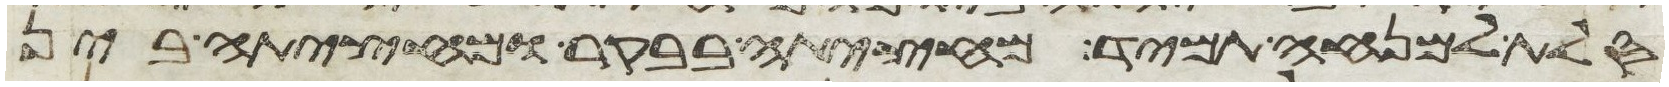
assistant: סלת למנחה תמיד מחציתה בבקר ומחציתה בין